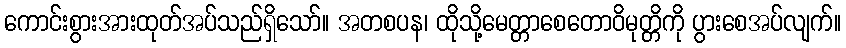
ကောင်းစွားအားထုတ်အပ်သည်ရှိသော်။ အတစပန၊ ထိုသို့မေတ္တာစေတောဝိမုတ္တိကို ပွားစေအပ်လျက်။